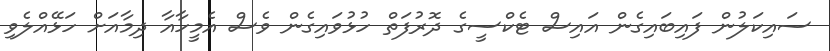
ސައިކަލުން ފައިބައިގެން އައިސް ޓެކްސީގެ ދޮރުފަތް ހުޅުވައިގެން ވެސް އެމީހާއާ ދިމާއަށް ހަޅޭއްލެވި